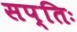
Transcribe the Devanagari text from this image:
सप्तिः